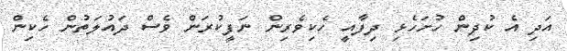
އަދި އެ ކުދިން ހުށަހެޅި ދިފާއީ ހެކިވެރިން ނަފީކުރަން ވެސް ދައުލަތުން ހެކިން